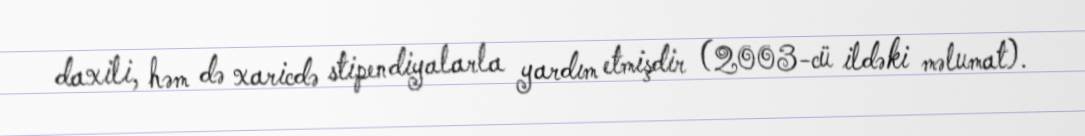
daxili, həm də xaricdə stipendiyalarla yardım etmişdir (2003-cü ildəki məlumat).